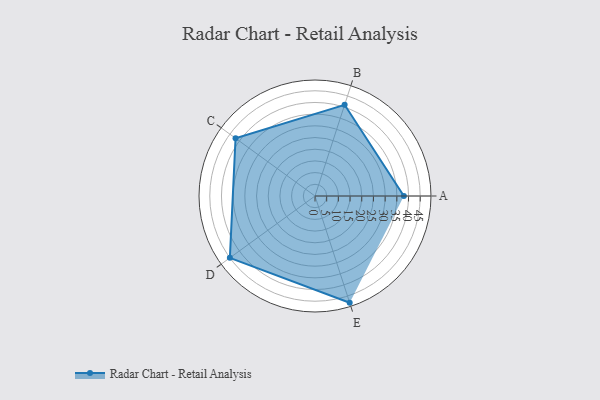
{"axis": {"x": "Skill", "y": "Score"}, "legend": ["Profile"], "data": [{"x": "A", "y": 38.0, "type": "Profile"}, {"x": "B", "y": 41.0, "type": "Profile"}, {"x": "C", "y": 42.0, "type": "Profile"}, {"x": "D", "y": 45.0, "type": "Profile"}, {"x": "E", "y": 48.0, "type": "Profile"}]}